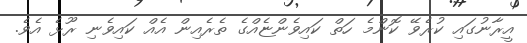
އީރާނުގައި ކުރެވޭ ކޮންމެ ހަތް ކައިވެންޏެއްގެ ތެރެއިން އެއް ކައިވެނި ރޫޅެ އެވެ.